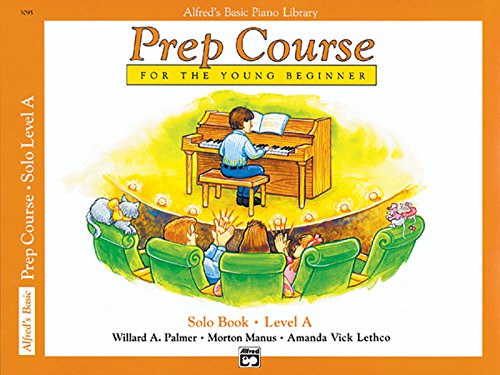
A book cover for Alfred's Basic Piano Library: Prep Course Solo Level A; Willard Palmer; Computers & Technology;